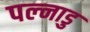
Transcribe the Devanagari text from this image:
पल्नाडु